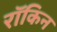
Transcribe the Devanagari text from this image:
रॉकिन